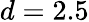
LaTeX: d=2.5